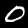
Label: 0